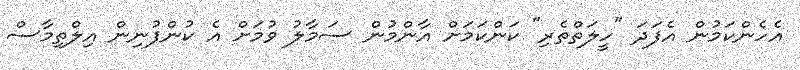
އެހެންކަމުން އެފަދަ "ހީލަތްތެރި" ކަންކަމަށް އާންމުން ސަމާލު ވުމަށް އެ ކުންފުނިން އިލްތިމާސް